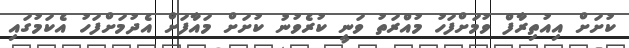
ކުށަށް އިއުތިރާފް ވުމަށްފަހު މުއްރަތު ވަނީ ކުރެވުނު ކުށަށް މައާފަށް އެދުމަށްފަހު އެކަމުގައި